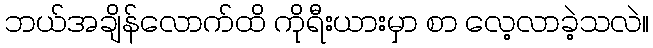
ဘယ်အချိန်လောက်ထိ ကိုရီးယားမှာ စာ လေ့လာခဲ့သလဲ။